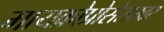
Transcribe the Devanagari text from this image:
मायक्रोप्रोसेसरवर